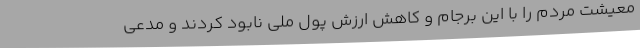
معیشت مردم را با این برجام و کاهش ارزش پول ملی نابود کردند و مدعی